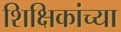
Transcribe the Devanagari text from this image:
शिक्षिकांच्या